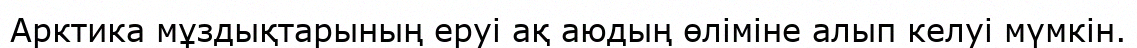
Арктика мұздықтарының еруі ақ аюдың өліміне алып келуі мүмкін.